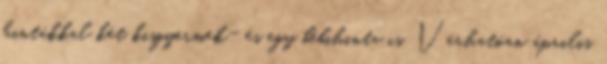
hintákkal két kisgyermek- és egy bébihinta is. Várhatóan április